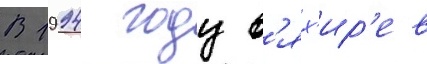
В 1994 году в'ях'ир'ев